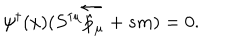
\psi ^ { \dagger } ( x ) ( S ^ { \dagger \mu } \overleftarrow { { \hat { p } } _ { \mu } } + s m ) = 0 .